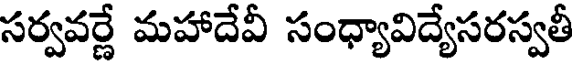
సర్వవర్ణే మహాదేవీ సంధ్యావిద్యేసరస్వతీ